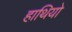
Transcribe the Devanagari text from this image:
हाथियो